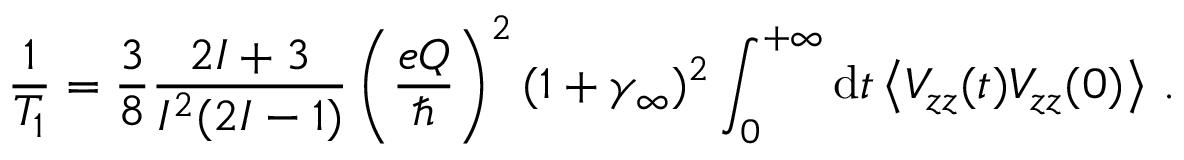
\frac { 1 } { T _ { 1 } } = \frac { 3 } { 8 } \frac { 2 I + 3 } { I ^ { 2 } ( 2 I - 1 ) } \left( \frac { e Q } { \hslash } \right) ^ { 2 } ( 1 + \gamma _ { \infty } ) ^ { 2 } \int _ { 0 } ^ { + \infty } \mathrm { d } t \left\langle V _ { z z } ( t ) V _ { z z } ( 0 ) \right\rangle \, .